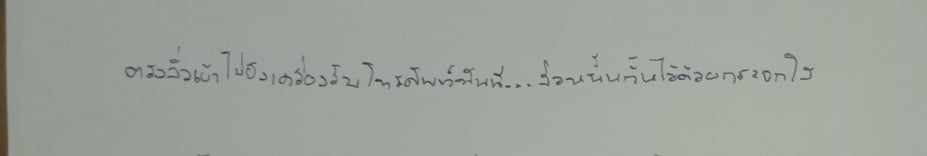
ตรงลิ่วเข้าไปยังเครื่องรับโทรศัพท์ทันที...ส่วนนั้นกั้นไว้ด้วยกระจกใส